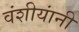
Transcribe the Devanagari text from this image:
वंशीयांनी